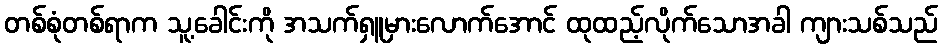
တစ်စုံတစ်ရာက သူ့ခေါင်းကို အသက်ရှူမှားလောက်အောင် ထုထည့်လိုက်သောအခါ ကျားသစ်သည်